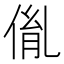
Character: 𠉥